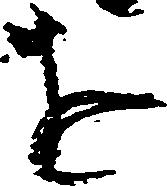
を